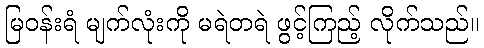
မြဝန်းရံ မျက်လုံးကို မရဲတရဲ ဖွင့်ကြည့် လိုက်သည်။